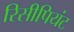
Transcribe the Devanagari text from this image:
रिसीपियंट